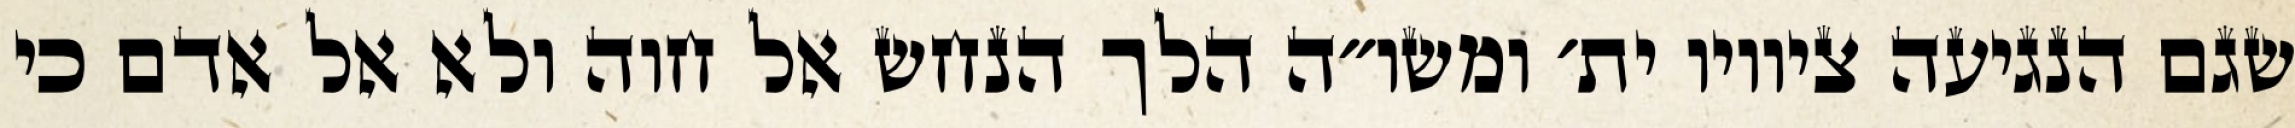
שגם הנגיעה ציוויו ית׳ ומשו״ה הלך הנחש אל חוה ולא אל אדם כי